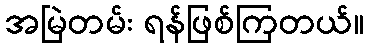
အမြဲတမ်း ရန်ဖြစ်ကြတယ်။